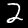
Digit: 2